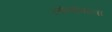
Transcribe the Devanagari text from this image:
लोणावाला